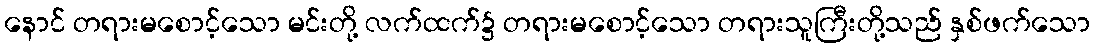
နောင် တရားမစောင့်သော မင်းတို့ လက်ထက်၌ တရားမစောင့်သော တရားသူကြီးတို့သည် နှစ်ဖက်သော